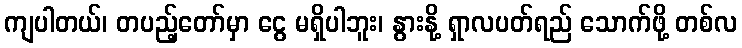
ကျပါတယ်၊ တပည့်တော်မှာ ငွေ မရှိပါဘူး၊ နွားနို့ ရှာလပတ်ရည် သောက်ဖို့ တစ်လ